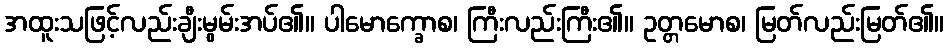
အထူးသဖြင့်လည်းချီးမွမ်းအပ်၏။ ပါမောက္ခောစ၊ ကြီးလည်းကြီး၏။ ဥတ္တမောစ၊ မြတ်လည်းမြတ်၏။